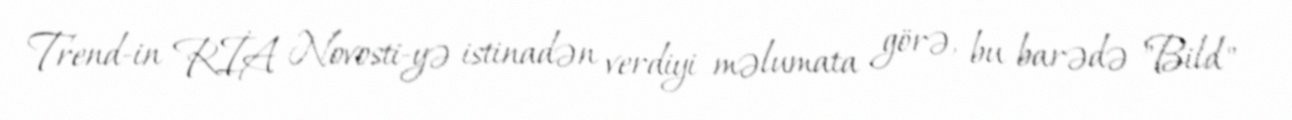
Trend-in RİA Novosti-yə istinadən verdiyi məlumata görə, bu barədə "Bild"